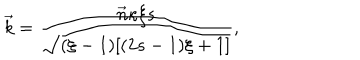
\vec { k } = \frac { \vec { n } \kappa \xi s } { \sqrt { ( \xi - 1 ) [ ( 2 s - 1 ) \xi + 1 ] } } ,